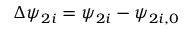
\Delta \psi _ { 2 i } = \psi _ { 2 i } - \psi _ { 2 i , 0 }